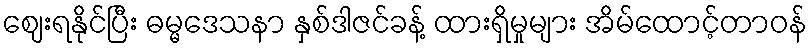
ဈေးရနိုင်ပြီး ဓမ္မဒေသနာ နှစ်ဒါဇင်ခန့် ထားရှိမှုများ အိမ်ထောင့်တာဝန်